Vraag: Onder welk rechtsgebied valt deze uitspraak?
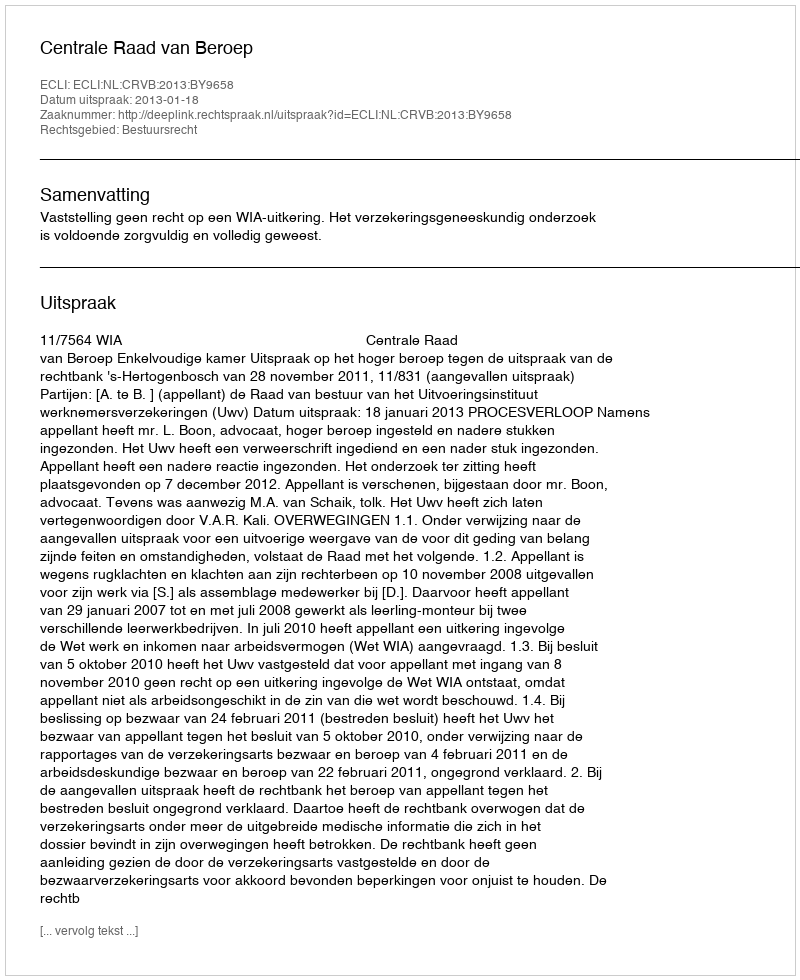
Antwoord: Bestuursrecht